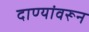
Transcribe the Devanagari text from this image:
दाण्यांवरून